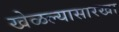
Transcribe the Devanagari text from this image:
खेळल्यासारखा